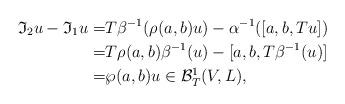
LaTeX: \begin{align*}\mathfrak{I}_2u-\mathfrak{I}_1u=& T\beta^{-1}(\rho(a,b)u)-\alpha^{-1}([a,b,Tu])\\=& T\rho(a,b)\beta^{-1}(u)-[a,b,T\beta^{-1}(u)]\\=& \wp(a,b)u\in \mathcal{B}^1_T(V,L),\end{align*}